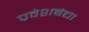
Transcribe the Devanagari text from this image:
प्रवेशबंद्या